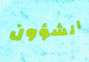
الشؤون